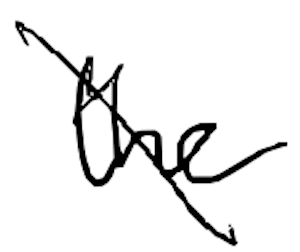
Text: the
Cross-out: diagonal
Writing tool: digital_black